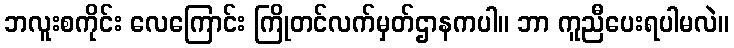
ဘလူးစကိုင်း လေကြောင်း ကြိုတင်လက်မှတ်ဌာနကပါ။ ဘာ ကူညီပေးရပါမလဲ။